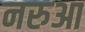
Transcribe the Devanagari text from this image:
नरुआ